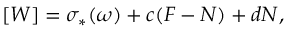
[ W ] = \sigma _ { * } ( \omega ) + c ( F - N ) + d N ,